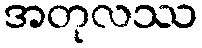
အတုလဿ